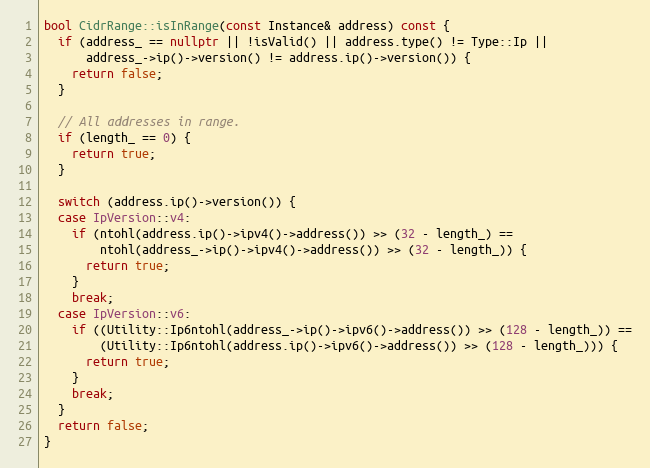
Language: C++
bool CidrRange::isInRange(const Instance& address) const {
  if (address_ == nullptr || !isValid() || address.type() != Type::Ip ||
      address_->ip()->version() != address.ip()->version()) {
    return false;
  }

  // All addresses in range.
  if (length_ == 0) {
    return true;
  }

  switch (address.ip()->version()) {
  case IpVersion::v4:
    if (ntohl(address.ip()->ipv4()->address()) >> (32 - length_) ==
        ntohl(address_->ip()->ipv4()->address()) >> (32 - length_)) {
      return true;
    }
    break;
  case IpVersion::v6:
    if ((Utility::Ip6ntohl(address_->ip()->ipv6()->address()) >> (128 - length_)) ==
        (Utility::Ip6ntohl(address.ip()->ipv6()->address()) >> (128 - length_))) {
      return true;
    }
    break;
  }
  return false;
}